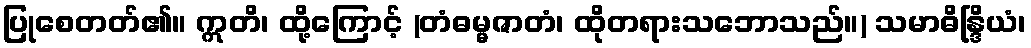
ပြုစေတတ်၏။ ဣတိ၊ ထို့ကြောင့် (တံဓမ္မဇာတံ၊ ထိုတရားသဘောသည်။) သမာဓိန္ဒြိယံ၊